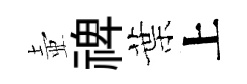
壺禆葉上